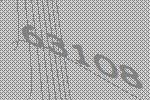
63108